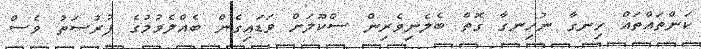
ކަންތައްތައް ހިނގާ ނުހިނގާ ގޮތް ބެލެނިވެރިން ސްކޫލަށް ވަޑައިގެން ބެއްލެވުމުގެ ފުރުސަތު ވެސް